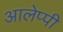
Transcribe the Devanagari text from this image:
आलेप्पी